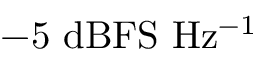
- 5 ~ \mathrm { d B F S ~ H z ^ { - 1 } }